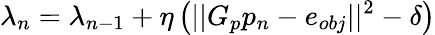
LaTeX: \lambda_{n}=\lambda_{n-1}+\eta\left(||G_{p}p_{n}-e_{obj}||^{2}-\delta\right)